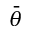
\bar { \theta }